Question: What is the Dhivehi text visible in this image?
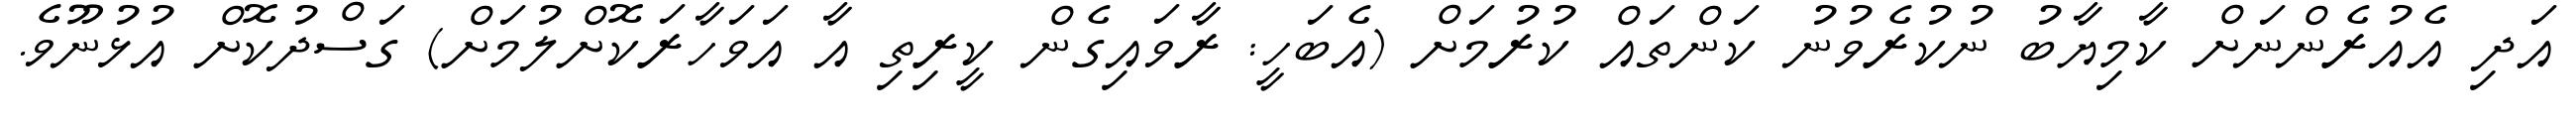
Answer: އަދި އެއުރެންނަށް ކާމިޔާބު ނުކުރެވުނު ކަންތައް ކުރުމަށް (އެބަހީ: ރާވައިގެން ކީރިތި އާ އަވަހާރަކޮށްލުމަށް) ގަސްދުކޮށް އުޅުނޫވެ.